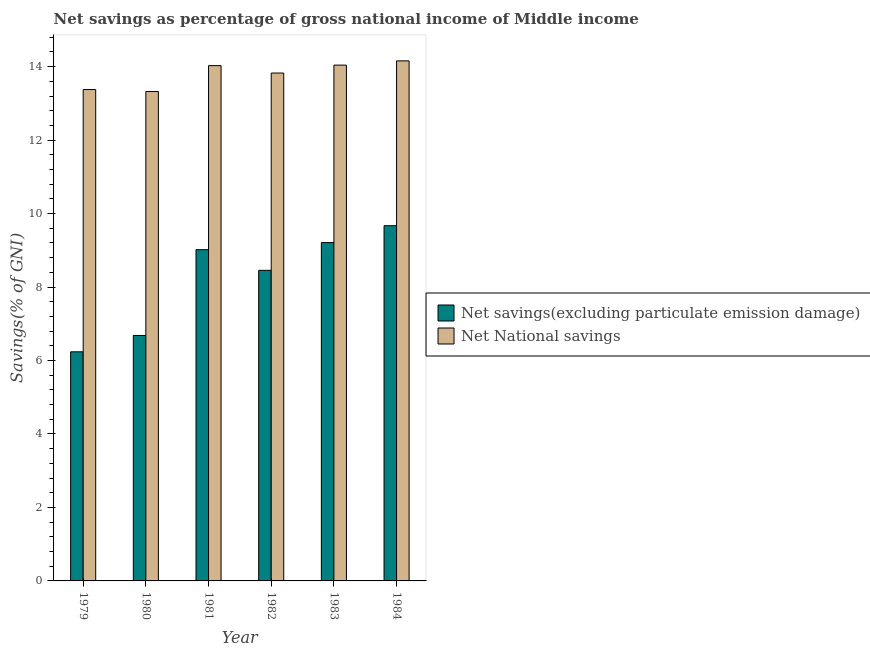
| Year | Net savings(excluding particulate emission damage) | Net National savings |
 | --- | --- | --- |
 | 1979 | 6.24 | 13.4 |
 | 1980 | 6.68 | 13.3 |
 | 1981 | 9.02 | 14 |
 | 1982 | 8.46 | 13.8 |
 | 1983 | 9.21 | 14 |
 | 1984 | 9.67 | 14.2 |